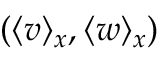
( \langle v \rangle _ { x } , \langle w \rangle _ { x } )